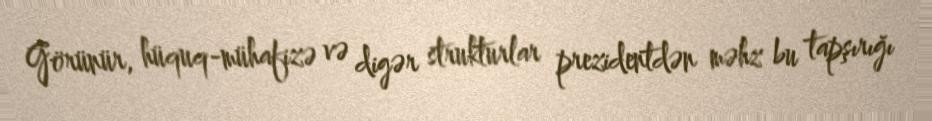
Görünür, hüquq-mühafizə və digər strukturlar prezidentdən məhz bu tapşırığı